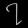
Digit: ၇